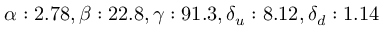
\alpha : 2 . 7 8 , \beta : 2 2 . 8 , \gamma : 9 1 . 3 , \delta _ { u } : 8 . 1 2 , \delta _ { d } : 1 . 1 4